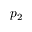
p _ { 2 }